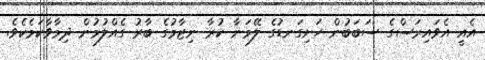
އެއީ އެވައިރަސްގެ ސަބަބުން ހަށިގަނޑުގެ ލޭމަނާ ކުރާ ނިޒާމުގެ ބާރު ގެއްލުމުން ދިމާވާކަމެކެވެ.